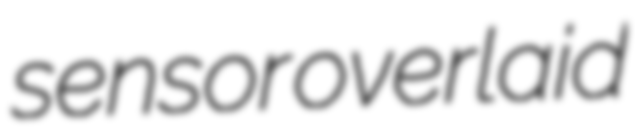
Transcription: sensor overlaid